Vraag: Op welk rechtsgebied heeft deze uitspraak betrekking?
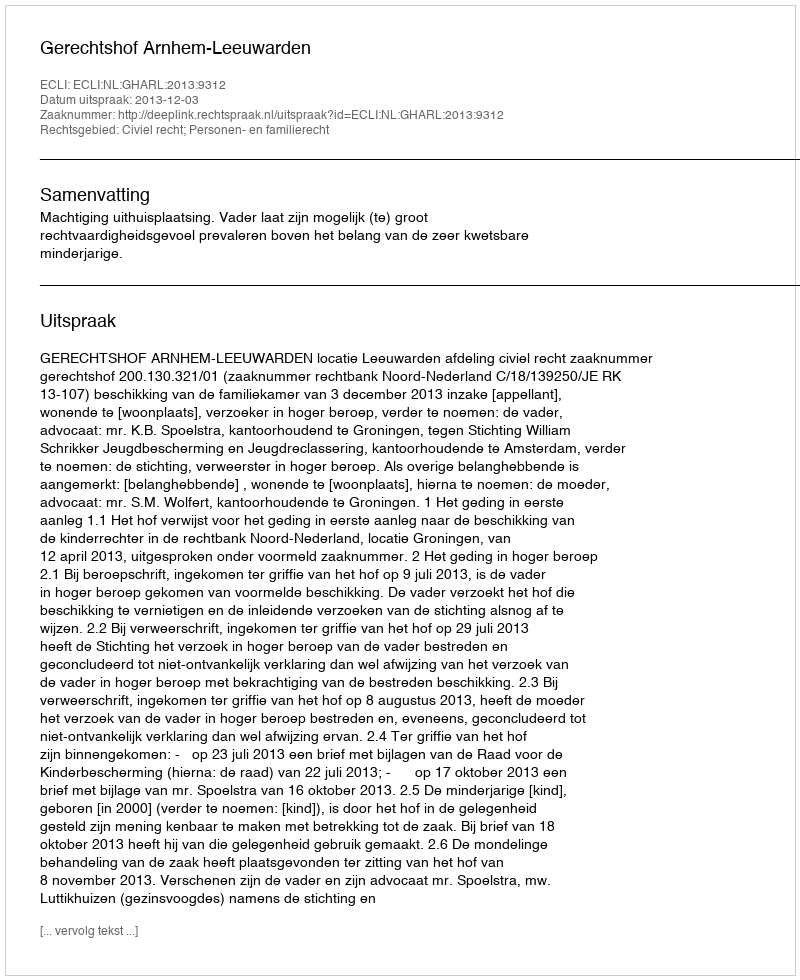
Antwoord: Civiel recht; Personen- en familierecht